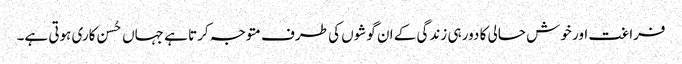
فراغت اور خوش حالی کا دور ہی زندگی کے ان گوشوں کی طرف متوجہ کرتا ہے جہاں حُسن کاری ہوتی ہے۔